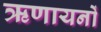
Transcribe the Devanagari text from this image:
ऋणायनों